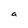
Character: a